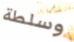
وسلطة